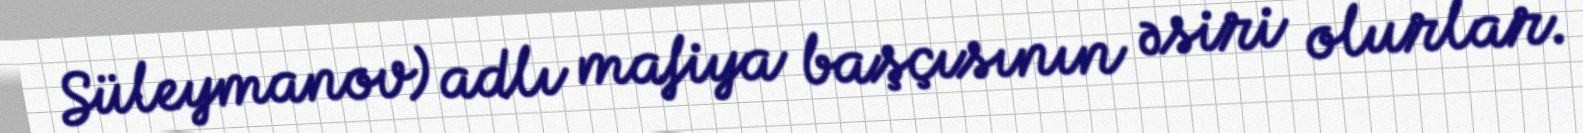
Süleymanov) adlı mafiya başçısının əsiri olurlar.